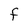
Character: f